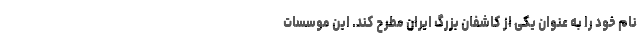
نام خود را به عنوان یکی از کاشفان بزرگ ایران مطرح کند. این موسسات